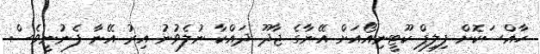
ހާއްސަކޮށް ފިލިޕް ކޫޓީނިއޯއަށް އޭނާގެ ޖާދޫ ދައްކާ ނުލެވުނު އިރު އޭނާ ފެނުނީވެސް